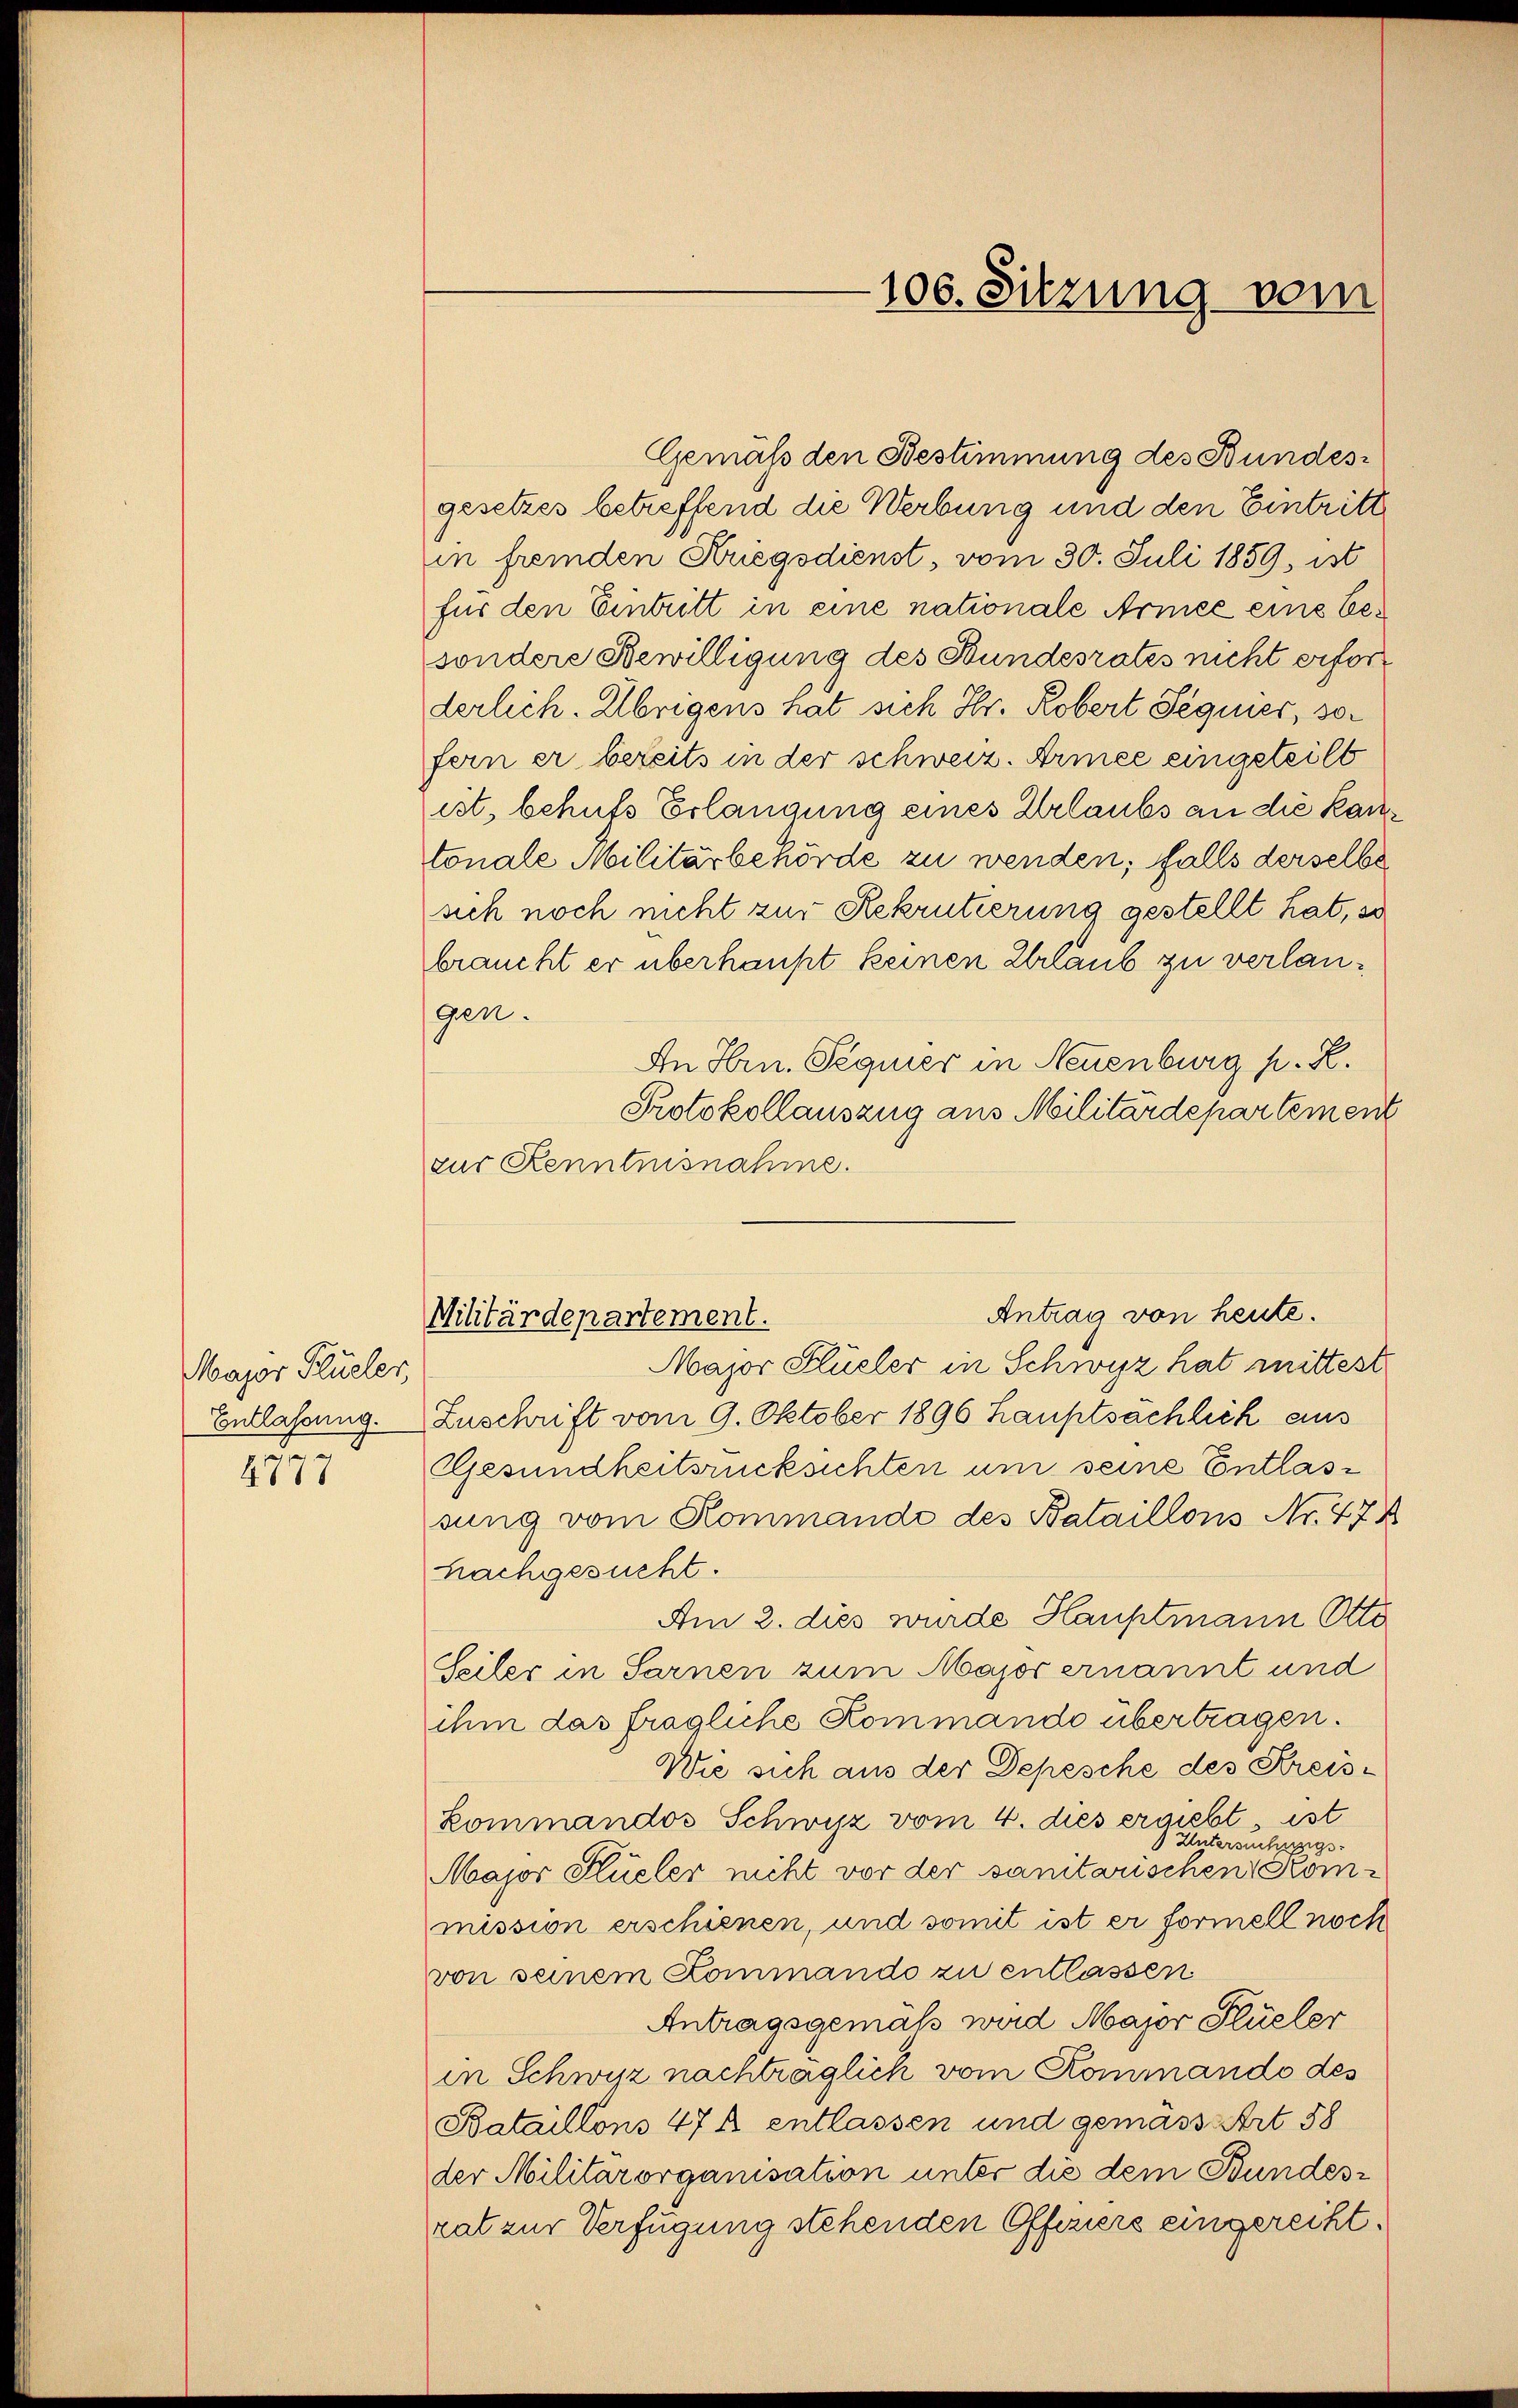
Major Flüeler,
Entlassung.
d
4117

zur Kenntnisnahme.

Wilitärdepartement.

Gemäß den Bestimmung des Bundes-
gesetzes betreffend die Werbung und den Eintritt
in fremden Kriegsdienst, vom 30. Juli 1859, ist
für den Eintritt in eine nationale Armee eine besondere Bewilligung des Bundesrates nicht erfort
derlich. Übrigens hat sich Hr. Robert Segnier, sofern er bereits in der schweiz. Armee eingeteilt
ist, behufs Erlangung eines Urlaubs an die kantonale Militärbehörde zu wenden; falls derselbe
sich noch nicht zur Rekrutierung gestellt hat, so
braucht er überhaupt keinen Urlaub zu verlangen.
An Hrn. Segnier in Neuenburg p. R.
Protokollauszug aus Militärdepartement
Major Flüeler in Schwyz hat mittest
Zuschrift vom 9. Oktober 1896 hauptsächlich aus
Gesundheitsrücksichten um seine Entlassung vom Kommande des Bataillons Nr. 474
nachgesucht.
Am 2. dies wurde Hauptmann Otto
Seiler in Sarnen zum Major ernannt und
ihm das fragliche Kommando übertragen.
Wie sich aus der Depesche des Kreiskommandos Schwyz vom 4. dies ergiebt, ist
Untersuchungs-
Major Hüeler nicht vor der sanitarischen Kommission erschienen, und somit ist er formell noch
von seinem Kommando zu entlassen
Antragsgemäß wird Major Flüeler
in Schwyz nachträglich vom Kommando des
Bataillons 47 f entlassen und gemäss Art. 58
der Militärorganisation unter die dem Bundesrat zur Verfügung stehenden Offiziers eingereiht.

106. Sitzung vom

Antrag von heute.